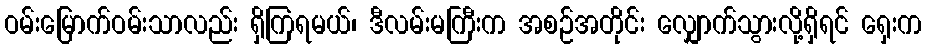
ဝမ်းမြောက်ဝမ်းသာလည်း ရှိကြရမယ်၊ ဒီလမ်းမကြီးက အစဉ်အတိုင်း လျှောက်သွားလို့ရှိရင် ရှေးက